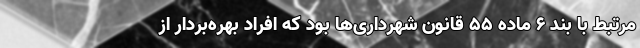
مرتبط با بند ۶ ماده ۵۵ قانون شهرداری‌ها بود که افراد بهره‌بردار از